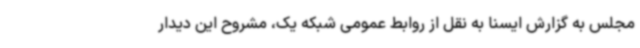
مجلس به گزارش ایسنا به نقل از روابط عمومی شبکه یک، مشروح این دیدار